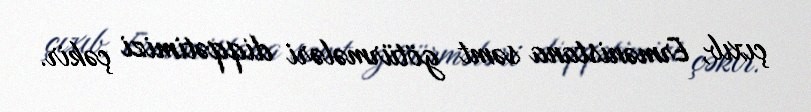
çıxıb, Ermənistana səmt götürmələri diqqətimizi çəkir.